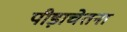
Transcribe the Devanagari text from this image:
पीड़ाचेतना